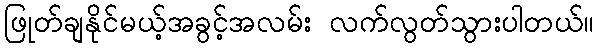
ဖြုတ်ချနိုင်မယ့်အခွင့်အလမ်း လက်လွတ်သွားပါတယ်။